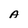
Character: A